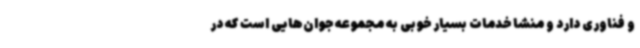
و فناوری دارد و منشا خدمات بسیار خوبی به مجموعه جوان‌هایی است که در